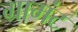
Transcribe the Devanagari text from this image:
ग्रामंट